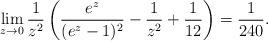
LaTeX: \begin{align*}\lim_{z\to 0} \frac{1}{z^2} \left( \frac{ e^z}{ (e^z-1)^2} - \frac{1}{z^2} + \frac{1}{12} \right) = \frac{1}{240} .\end{align*}